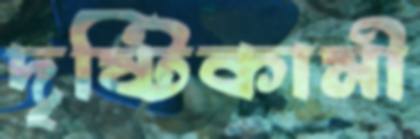
দৃষ্টিকামী